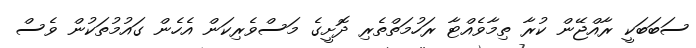
ސަބަބަކީ ރާއްޖޭން ކުރާ ތިމާވެއްޓާ ރަހުމަތްތެރި ދޮށީގެ މަސްވެރިކަން އެހެން ގައުމުތަކުން ވެސް